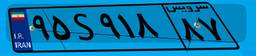
۹۵S۹۱۸۸۷